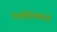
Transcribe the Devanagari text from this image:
नियंत्रितकरने